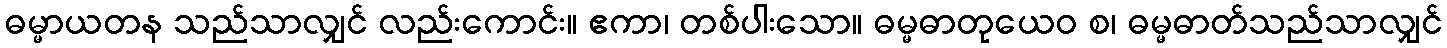
ဓမ္မာယတန သည်သာလျှင် လည်းကောင်း။ ဧကာ၊ တစ်ပါးသော။ ဓမ္မဓာတုယေဝ စ၊ ဓမ္မဓာတ်သည်သာလျှင်